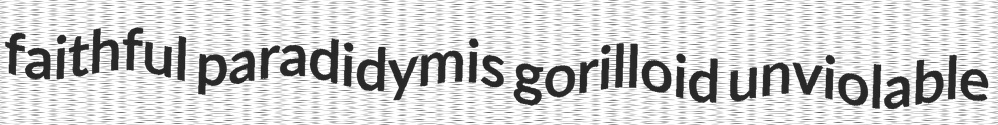
faithful paradidymis gorilloid unviolable